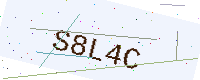
Text: S8L4C